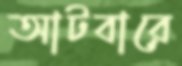
আটবারে